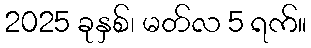
2025 ခုနှစ်၊ မတ်လ 5 ရက်။